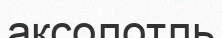
аксолотль